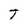
Character: T